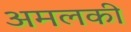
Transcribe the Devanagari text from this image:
अमलकी